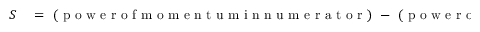
\begin{array} { r l } { S } & { { } = \mathrm { ~ ( ~ p ~ o ~ w ~ e ~ r ~ o ~ f ~ m ~ o ~ m ~ e ~ n ~ t ~ u ~ m ~ i ~ n ~ n ~ u ~ m ~ e ~ r ~ a ~ t ~ o ~ r ~ ) ~ - ~ ( ~ p ~ o ~ w ~ e ~ r ~ o ~ f ~ m ~ o ~ m ~ e ~ n ~ t ~ u ~ m ~ i ~ n ~ d ~ e ~ m ~ o ~ n ~ i ~ n ~ a ~ t ~ o ~ r ~ ) ~ } } \end{array}